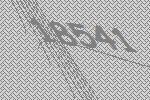
18541